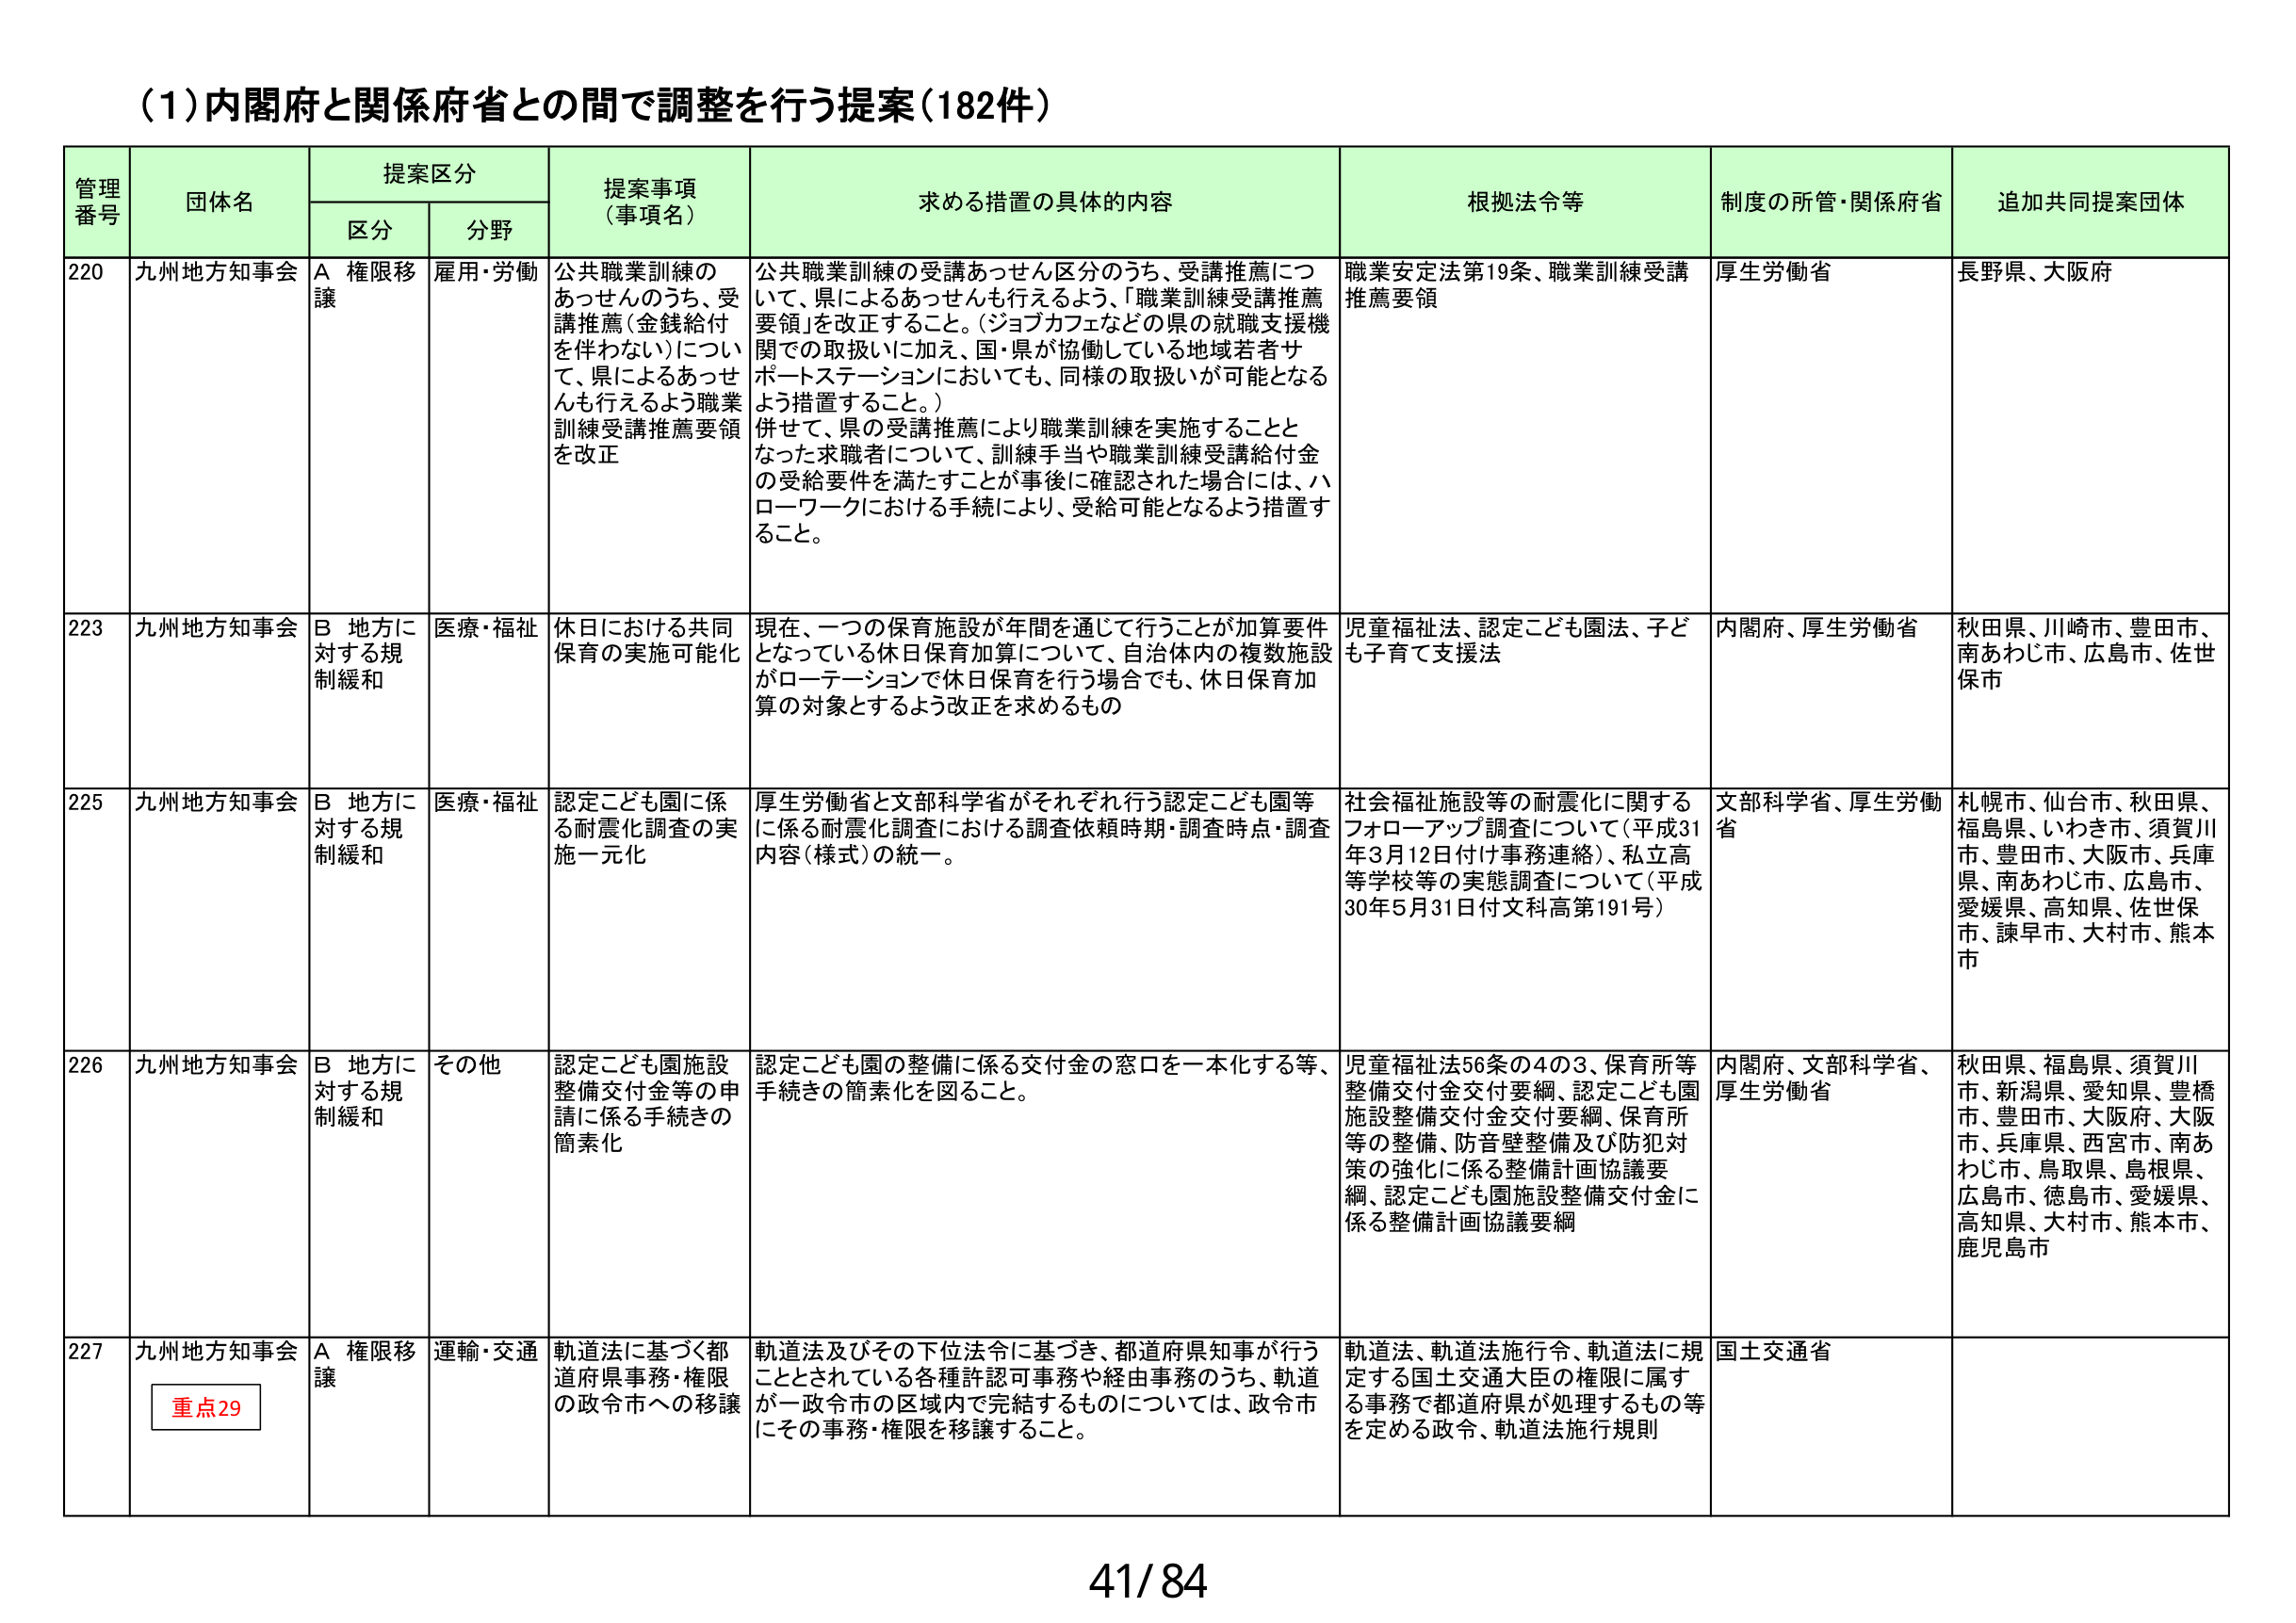
(1)内閣府と関係府省との間で調整を行う提案(182件)

管理番号 団体名 提案区分 提案事項（事項名） 求める措置の具体的内容 根拠法令等 制度の所管・関係府省 追加共同提案団体
区分 分野

220 九州地方知事会 A 権限移譲 雇用・労働 公共職業訓練のあっせんのうち、受講推薦（金銭給付を伴わない）について、県によるあっせんも行えるよう職業訓練受講推薦要領を改正 公共職業訓練の受講あっせん区分のうち、受講推薦について、県によるあっせんも行えるよう、「職業訓練受講推薦要領」を改正すること。（ジョブカフェなどの県の就職支援機関での取扱いに加え、国・県が協働している地域若者サポートステーションにおいても、同様の取扱いが可能となるよう措置すること。）併せて、県の受講推薦により職業訓練を実施することとなった求職者について、訓練手当や職業訓練受講給付金の受給要件を満たすことが事後に確認された場合には、ハローワークにおける手続により、受給可能となるよう措置すること。 職業安定法第19条、職業訓練受講推薦要領 厚生労働省 長野県、大阪府

223 九州地方知事会 B 地方に対する規制緩和 医療・福祉 休日における共同保育の実施可能化 現在、一つの保育施設が年間を通じて行うことが加算要件となっている休日保育加算について、自治体内の複数施設がローテーションで休日保育を行う場合でも、休日保育加算の対象とするよう改正を求めるもの 児童福祉法、認定こども園法、子ども子育て支援法 内閣府、厚生労働省 秋田県、川崎市、豊田市、南あわじ市、広島市、佐世保市

225 九州地方知事会 B 地方に対する規制緩和 医療・福祉 認定こども園に係る耐震化調査の実施一元化 厚生労働省と文部科学省がそれぞれ行う認定こども園等に係る耐震化調査における調査依頼時期・調査時点・調査内容（様式）の統一。 社会福祉施設等の耐震化に関するフォローアップ調査について（平成31年3月12日付け事務連絡）、私立高等学校等の実態調査について（平成30年5月31日付文科高第191号） 文部科学省、厚生労働省 札幌市、仙台市、秋田県、福島県、いわき市、須賀川市、豊田市、大阪市、兵庫県、南あわじ市、広島市、愛媛県、高知県、佐世保市、諫早市、大村市、熊本市

226 九州地方知事会 B 地方に対する規制緩和 その他 認定こども園施設整備交付金等の申請に係る手続きの簡素化 認定こども園の整備に係る交付金の窓口を一本化する等、手続きの簡素化を図ること。 児童福祉法56条の4の3、保育所等整備交付金交付要綱、認定こども園施設整備交付金交付要綱、保育所等の整備、防音壁整備及び防犯対策の強化に係る整備計画協議要綱、認定こども園施設整備交付金に係る整備計画協議要綱 内閣府、文部科学省、厚生労働省 秋田県、福島県、須賀川市、新潟県、愛知県、豊橋市、豊田市、大阪府、大阪市、兵庫県、西宮市、南あわじ市、鳥取県、島根県、広島市、徳島市、愛媛県、高知県、大村市、熊本市、鹿児島市

227 九州地方知事会 A 権限移譲 運輸・交通 軌道法に基づく都道府県事務・権限の政令市への移譲 軌道法及びその下位法令に基づき、都道府県知事が行うこととされている各種許認可事務や経由事務のうち、軌道が一政令市の区域内で完結するものについては、政令市にその事務・権限を移譲すること。 軌道法、軌道法施行令、軌道法に規定する国土交通大臣の権限に属する事務で都道府県が処理するもの等を定める政令、軌道法施行規則 国土交通省

重点29

41/84